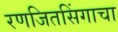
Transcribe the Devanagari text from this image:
रणजितसिंगाचा